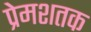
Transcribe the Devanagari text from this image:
प्रेमशतक